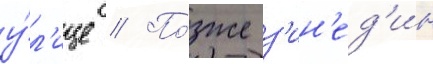
у́л'ице // По́зже з'ин'ед'ин